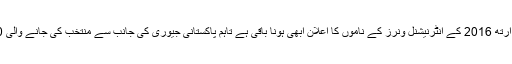
واضح رہے کہ وکی لوز ارتھ 2016 کے انٹرنیشنل ونرز کے ناموں کا اعلان ابھی ہونا باقی ہے تاہم پاکستانی جیوری کی جانب سے منتخب کی جانے والی 10 تصاویر درج ذیل ہیں۔